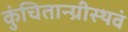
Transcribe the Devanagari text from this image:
कुंचितान्ग्रीस्थवं